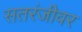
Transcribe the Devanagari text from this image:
सतरंजीवर